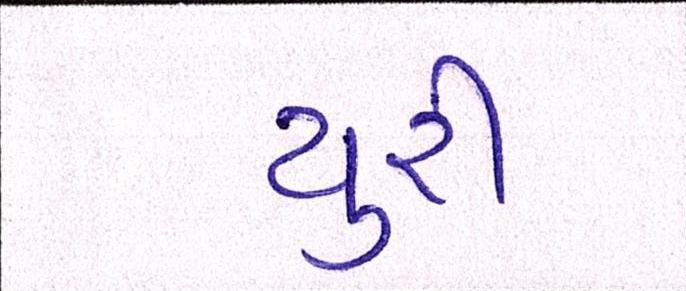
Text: યુરી